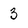
Character: 3